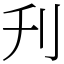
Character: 刋